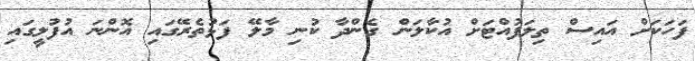
ފަހަކަށް އައިސް ތިލަފުއްޓަށް އުކާލަން ގެންދާ ކުނި މާލޭ ފަޅުތެރޭގައި އޮންނަ އުފުލީގައި